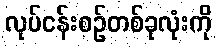
လုပ်ငန်းစဉ်တစ်ခုလုံးကို